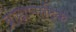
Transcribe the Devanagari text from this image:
ब्राह्मणादिक